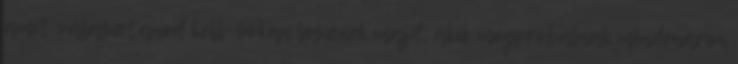
amit választanod kell. Sokan lesznek majd, akik megpróbálnak mindenáron